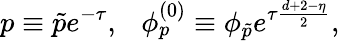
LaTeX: p\equiv\tilde{p}e^{-\tau},\ \ \ \phi_{p}^{(0)}\equiv\phi_{\tilde{p}}e^{\tau\frac{d+2-\eta}{2}},